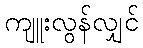
ကျူးလွန်လျှင်